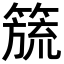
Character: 𮆅